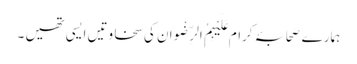
ہمارے صَحابۂ کرام عَلَیْہِمُ الرِّضْوَان کی سخاوتیں ایسی تھیں ۔